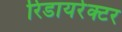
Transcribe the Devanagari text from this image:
रिडायरेक्टर